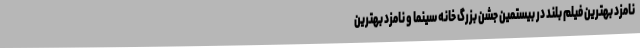
نامزد بهترین فیلم بلند در بیستمین جشن بزرگ خانه سینما و نامزد بهترین